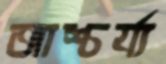
আশ্চর্য্য